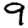
Digit: 9